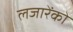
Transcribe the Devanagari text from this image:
लजारेंको